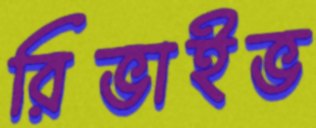
রিভাইভ